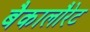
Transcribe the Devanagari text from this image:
बैकालौरेट